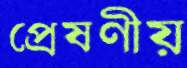
প্রেষণীয়